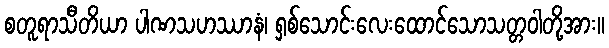
စတူရာသီတိယာ ပါဏသဟဿာနံ၊ ရှစ်သောင်းလေးထောင်သောသတ္တဝါတို့အား။